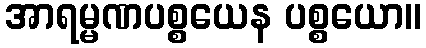
အာရမ္မဏပစ္စယေန ပစ္စယော။